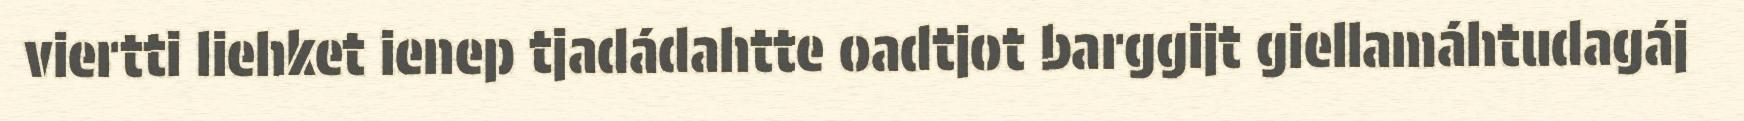
viertti liehket ienep tjadádahtte oadtjot barggijt giellamáhtudagáj